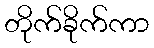
တိုက်ခိုက်ကာ